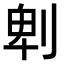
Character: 𠜱